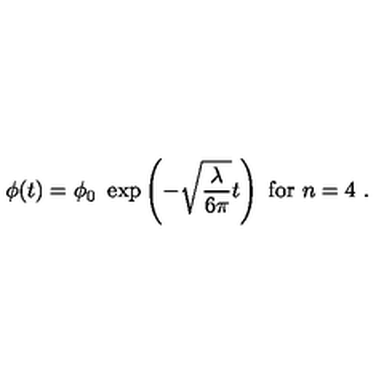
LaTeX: \phi ( t ) = \phi _ { 0 } \ \exp \left( - \sqrt { \frac { \lambda } { 6 \pi } } t \right) \ \mathrm { f o r } \ n = 4 \ .